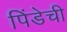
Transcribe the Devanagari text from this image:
पिंडेची